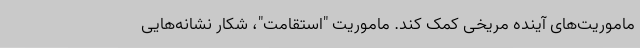
ماموریت‌های آینده مریخی کمک کند. ماموریت "استقامت"، شکار نشانه‌هایی